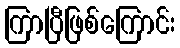
ကြာပြီဖြစ်ကြောင်း